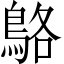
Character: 鴼